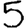
Digit: 5